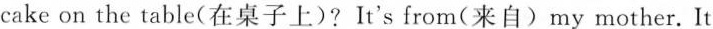
cake on the table(在桌子上)?It's from(来自)my mother. It